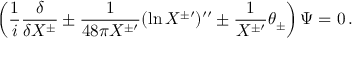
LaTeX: \left( \frac { 1 } { i } \frac { \delta } { \delta X ^ { \pm } } \pm \frac { 1 } { 4 8 \pi X ^ { \pm \prime } } ( \ln X ^ { \pm \prime } ) ^ { \prime \prime } \pm \frac { 1 } { X ^ { \pm \prime } } \theta _ { \pm } \right) \Psi = 0 \, .